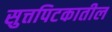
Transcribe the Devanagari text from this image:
सुत्तपिटकातील